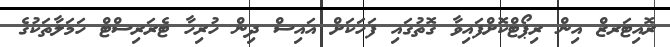
ރޮއިޓަރޒް އިން ރިޕޯޓްކޮށްފައިވާ ގޮތުގައި ފަހަކަށް އައިސް ދިން ހުރިހާ ޓެރަރިސްޓް ހަމަލާތަކުގެ